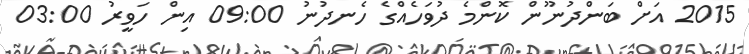
2015 އަށް ބަންދުނޫން ކޮންމެ ދުވަހެއްގެ ހެނދުނު 09:00 އިން ހަވީރު 03:00